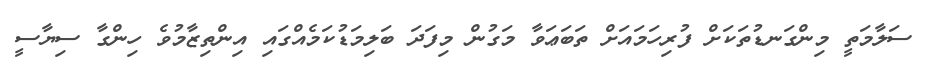
ސަލާމަތީ މިންގަނޑުތަކަށް ފުރިހަމައަށް ތަބަޢަވާ މަގުން މިފަދަ ބަލިމަޑުކަމެއްގައި އިންތިޒާމުވެ ހިންގާ ސިޔާސީ